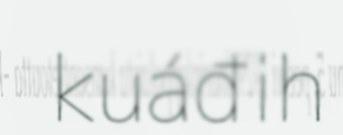
kuáđih